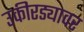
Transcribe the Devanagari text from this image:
उकीरड्यावर